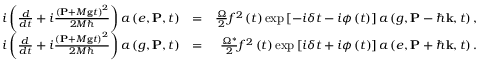
\begin{array} { r l r } { i \left( \frac { d } { d t } + i \frac { \left( \mathbf { P } + M \mathbf { g } t \right) ^ { 2 } } { 2 M \hbar } \right) a \left( e , \mathbf { P } , t \right) } & { = } & { \frac { \Omega } { 2 } f ^ { 2 } \left( t \right) \exp \left[ - i \delta t - i \phi \left( t \right) \right] a \left( g , \mathbf { P } - \hbar \mathbf { k } , t \right) , } \\ { i \left( \frac { d } { d t } + i \frac { \left( \mathbf { P } + M \mathbf { g } t \right) ^ { 2 } } { 2 M \hbar } \right) a \left( g , \mathbf { P } , t \right) } & { = } & { \frac { \Omega ^ { \ast } } { 2 } f ^ { 2 } \left( t \right) \exp \left[ i \delta t + i \phi \left( t \right) \right] a \left( e , \mathbf { P } + \hbar \mathbf { k } , t \right) . } \end{array}